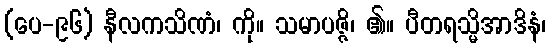
(ပေ-၉၆) နီလကသိဏံ၊ ကို။ သမာပဇ္ဇိ၊ ၏။ ပီတရသ္မိအာဒိနံ၊